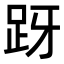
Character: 𬦤